Burma Government Medical School reports 1923-41
Year: 1923
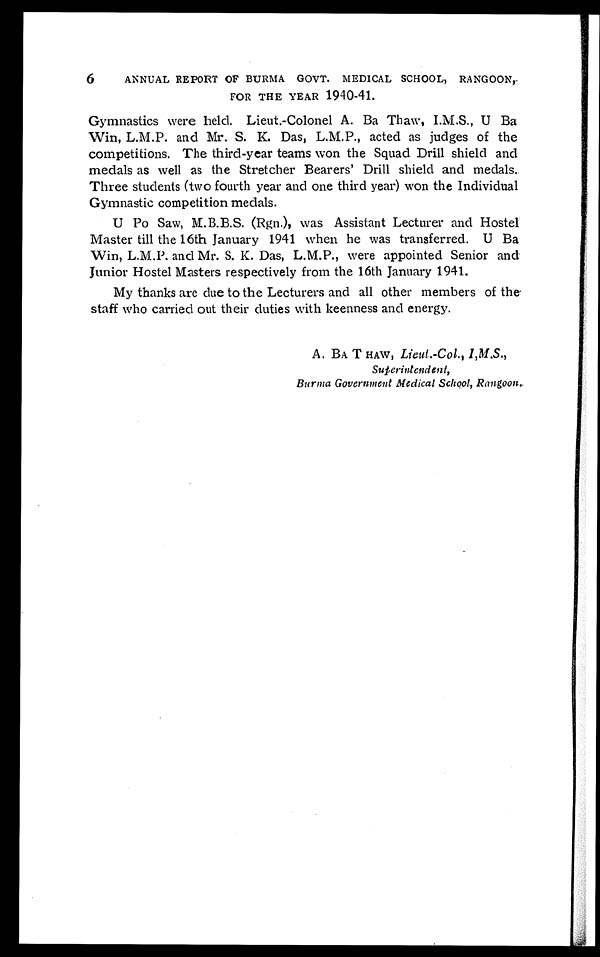
6
ANNUAL REPORT OF BURMA GOVT. MEDICAL SCHOOL, RANGOON,
.
FOR THE YEAR 1940-41.
Gymnastics were held, Lieut.-Colonel A. Ba Thaw, I.M.S., U Ba
Win, L.M.P. and Mr. S. K. Das, L.M.P., acted as judges of the
competitions. The third-year teams won the Squad Drill shield and
medals as well as the Stretcher Bearers' Drill shield and medals.
Three students (two fourth year and one third year) won the Individual
Gymnastic competition medals.
U Po Saw, M.B.B.S. (Rgn.), was Assistant Lecturer and Hostel
Master till the 16th January 1941 when he was transferred. U Ba
Win, L.M.P. and Mr. S. K. Das, L.M.P., were appointed Senior and
junior Hostel Masters respectively from the 16th January 1941.
My thanks are due to the Lecturers and all other members of the
staff who carried out their duties with keenness and energy.
A. BA T HAW, Lieut.-Col., I,M.S.,
Superi nt endent ,
Burma Government Medical School, Rangoon,.